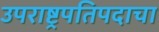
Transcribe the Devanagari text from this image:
उपराष्ट्रपतिपदाचा